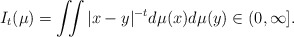
\begin{align*}I_t(\mu) = \iint |x-y|^{-t}d\mu(x)d\mu(y) \in (0,\infty].\end{align*}